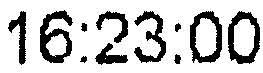
16:23:00